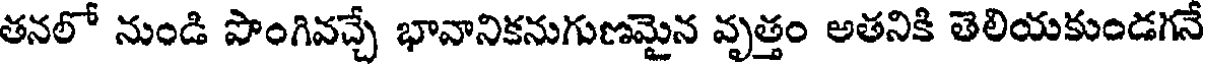
తనలో నుండి పొంగివచ్చే భావానికనుగుణమైన వృత్తం అతనికి తెలియకుండగనే